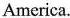
America.